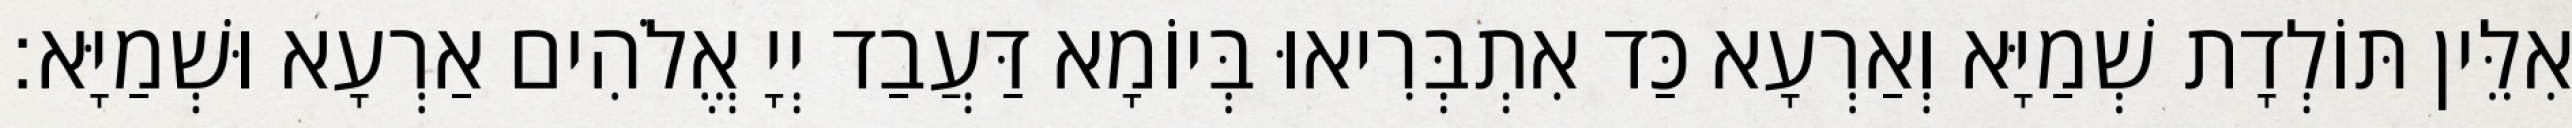
אִלֵּין תּוֹלְדָת שְׁמַיָּא וְאַרְעָא כַּד אִתְבְּרִיאוּ בְּיוֹמָא דַּעֲבַד יְיָ אֱלֹהִים אַרְעָא וּשְׁמַיָּא׃